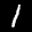
Label: 1